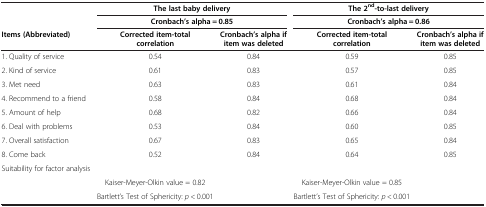
<table><thead><tr><td><b> </b></td><td colspan="2"><b>The last baby delivery</b></td><td colspan="2"><b>The 2<sup>nd</sup>-to-last delivery</b></td></tr><tr><td><b> </b></td><td colspan="2"><b>Cronbach’s alpha = 0.85</b></td><td colspan="2"><b>Cronbach’s alpha = 0.86</b></td></tr><tr><td><b>Items (Abbreviated)</b></td><td><b>Corrected item-total correlation</b></td><td><b>Cronbach’s alpha if item was deleted</b></td><td><b>Corrected item-total correlation</b></td><td><b>Cronbach’s alpha if item was deleted</b></td></tr></thead><tbody><tr><td>1. Quality of service</td><td>0.54</td><td>0.84</td><td>0.59</td><td>0.85</td></tr><tr><td>2. Kind of service</td><td>0.61</td><td>0.83</td><td>0.57</td><td>0.85</td></tr><tr><td>3. Met need</td><td>0.63</td><td>0.83</td><td>0.61</td><td>0.84</td></tr><tr><td>4. Recommend to a friend</td><td>0.58</td><td>0.84</td><td>0.68</td><td>0.84</td></tr><tr><td>5. Amount of help</td><td>0.68</td><td>0.82</td><td>0.66</td><td>0.84</td></tr><tr><td>6. Deal with problems</td><td>0.53</td><td>0.84</td><td>0.60</td><td>0.85</td></tr><tr><td>7. Overall satisfaction</td><td>0.67</td><td>0.83</td><td>0.65</td><td>0.84</td></tr><tr><td>8. Come back</td><td>0.52</td><td>0.84</td><td>0.64</td><td>0.85</td></tr><tr><td>Suitability for factor analysis</td><td> </td><td> </td><td> </td><td> </td></tr><tr><td> </td><td>Kaiser-Meyer-Olkin value = 0.82</td><td> </td><td>Kaiser-Meyer-Olkin value = 0.85</td><td> </td></tr><tr><td> </td><td>Bartlett’s Test of Sphericity: <i>p</i> &lt; 0.001</td><td> </td><td>Bartlett’s Test of Sphericity: <i>p</i> &lt; 0.001</td><td> </td></tr></tbody></table>